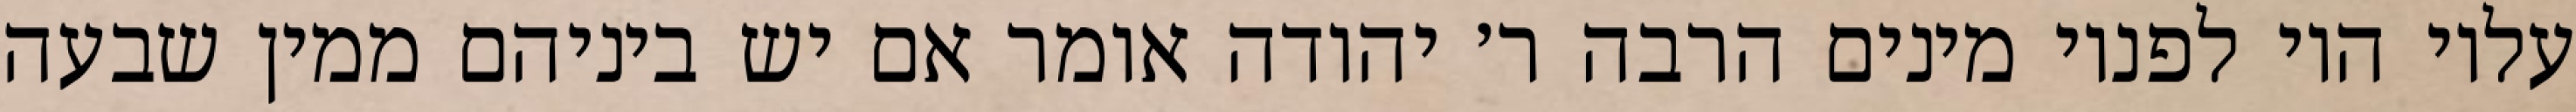
עליו היו לפניו מינים הרבה ר׳ יהודה אומר אם יש ביניהם ממין שבעה